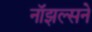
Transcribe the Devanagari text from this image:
नॉझल्सने